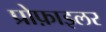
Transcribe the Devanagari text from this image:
प्रोफ़ाइलर